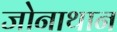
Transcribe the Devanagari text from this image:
जोनाथान